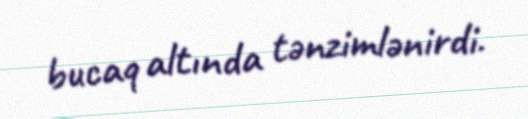
bucaq altında tənzimlənirdi.